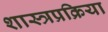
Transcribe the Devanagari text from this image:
शास्त्रप्रक्रिया